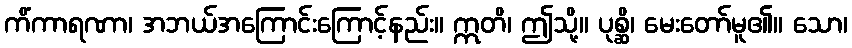
ကိံကာရဏာ၊ အဘယ်အကြောင်းကြောင့်နည်း။ ဣတိ၊ ဤသို့။ ပုစ္ဆိ၊ မေးတော်မူ၏။ သော၊